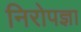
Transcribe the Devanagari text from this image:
निरोपज्ञा